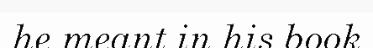
he meant in his book